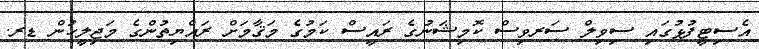
އެސިޓީފުޅުގައި ސިވިލް ސަރވިސް ކޮމިޝަނުގެ ރައީސް ކަމުގެ މަޤާމަށް ރައްޔިތުންގެ މަޖިލީހުން ޑރ.